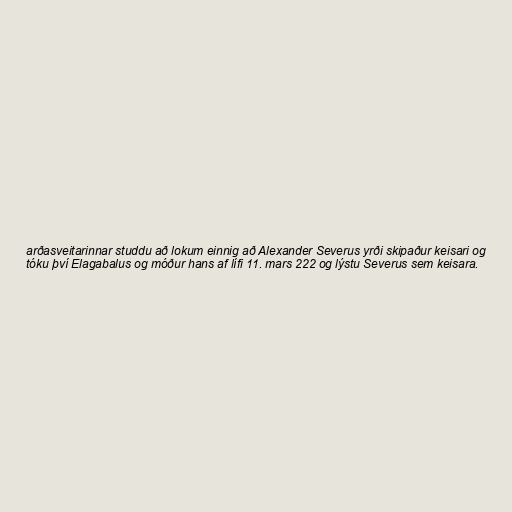
arðasveitarinnar studdu að lokum einnig að Alexander Severus yrði skipaður keisari og
tóku því Elagabalus og móður hans af lífi 11. mars 222 og lýstu Severus sem keisara.